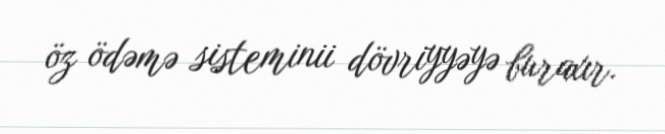
öz ödəmə sisteminii dövriyyəyə buraxır.